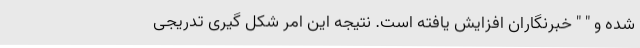
شده و " " خبرنگاران افزایش یافته است. نتیجه این امر شکل گیری تدریجی